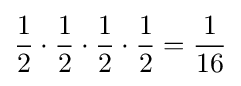
{\frac {1}{2}}\cdot {\frac {1}{2}}\cdot {\frac {1}{2}}\cdot {\frac {1}{2}}={\frac {1}{16}}